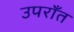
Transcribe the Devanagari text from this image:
उपराँत